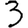
Digit: 3